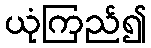
ယုံကြည်၍